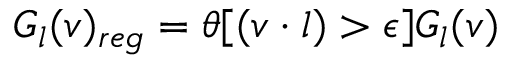
G _ { l } ( v ) _ { r e g } = \theta [ ( v \cdot l ) > \epsilon ] G _ { l } ( v )